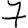
Digit: 7